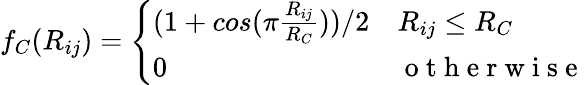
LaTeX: f_{C}(R_{ij})=\left\{ \begin{array}{ll}{(1+cos(\pi\frac{R_{ij}}{R_{C}}))/2}&{R_{ij}\le R_{C}}\\ {0}&{\mathrm{~o~t~h~e~r~w~i~s~e~}}\end{array}\right.